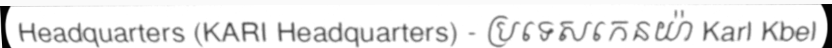
Headquarters (KARI Headquarters) - ប្រទេសកេនយ៉ា Karl Kbel